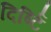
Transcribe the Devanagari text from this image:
दिर्ष्टि